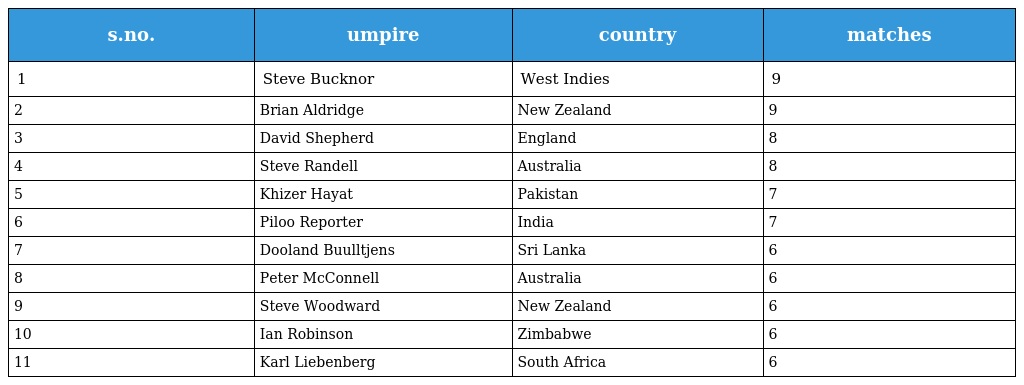
| s.no. | umpire | country | matches |
 | --- | --- | --- | --- |
 | 1 | Steve Bucknor | West Indies | 9 |
 | 2 | Brian Aldridge | New Zealand | 9 |
 | 3 | David Shepherd | England | 8 |
 | 4 | Steve Randell | Australia | 8 |
 | 5 | Khizer Hayat | Pakistan | 7 |
 | 6 | Piloo Reporter | India | 7 |
 | 7 | Dooland Buulltjens | Sri Lanka | 6 |
 | 8 | Peter McConnell | Australia | 6 |
 | 9 | Steve Woodward | New Zealand | 6 |
 | 10 | Ian Robinson | Zimbabwe | 6 |
 | 11 | Karl Liebenberg | South Africa | 6 |